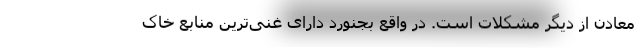
معادن از دیگر مشکلات است. در واقع بجنورد دارای غنی‌ترین منابع خاک